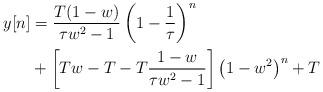
LaTeX: \begin{align*}y[n] &= \frac{T(1-w)}{\tau w^2-1} \left( 1-\frac{1}{\tau} \right)^n \\ &+ \left[ Tw - T - T \frac{1-w}{\tau w^2-1} \right] \left( 1-w^2 \right)^n + T\end{align*}